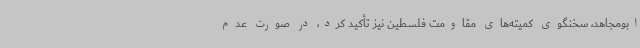
ابومجاهد، سخنگوی کمیته‌های مقاومت فلسطین نیز تأکید کرد، در صورت عدم